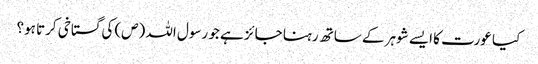
کیا عورت کا ایسے شوہر کے ساتھ رہنا جائز ہے جو رسول اللہ (ص) کی گستاخی کرتا ہو؟